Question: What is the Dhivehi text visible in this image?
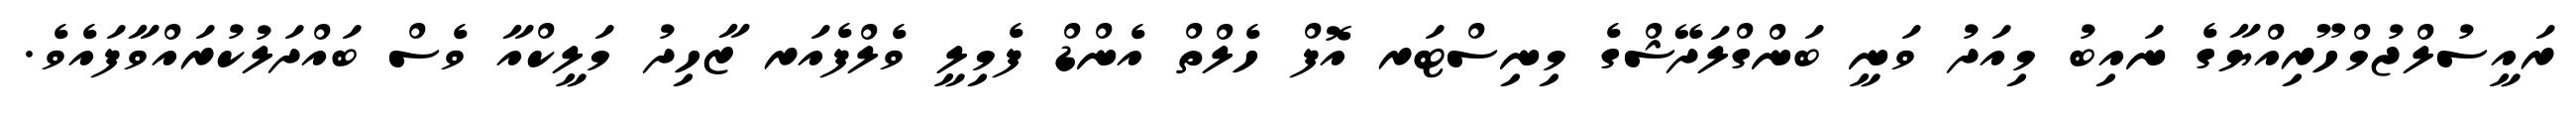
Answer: ރައީސުލްޖުމްހޫރިއްޔާގެ ނައިބު މިއަދު ވަނީ ބަންގްލަދޭޝްގެ މިނިސްޓަރ އޮފް ހެލްތް އެންޑް ފެމިލީ ވެލްފެއަރ ޒާހިދު މަލީކްއާ ވެސް ބައްދަލުކުރައްވާފައެވެ.